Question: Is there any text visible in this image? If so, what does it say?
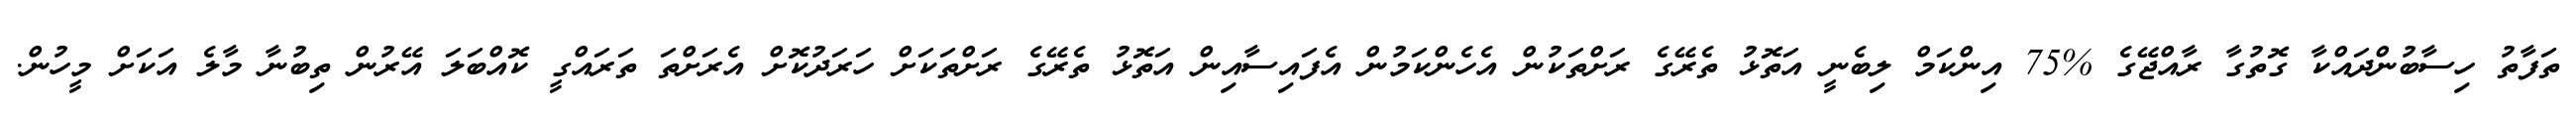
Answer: ތަފާތު ހިސާބުންދައްކާ ގޮތުގާ ރާއްޖޭގެ %75 އިންކަމް ލިބެނީ އަތޮޅު ތެރޭގެ ރަށްތަކުން އެހެންކަމުން އެފައިސާއިން އަތޮޅު ތެރޭގެ ރަށްތަކަށް ހަރަދުކޮށް އެރަށްތަ ތަރައްގީ ކޮއްބަލަ އޭރުން ތިބުނާ މާލެ އަކަށް މީހުން.